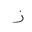
Letter: _zay